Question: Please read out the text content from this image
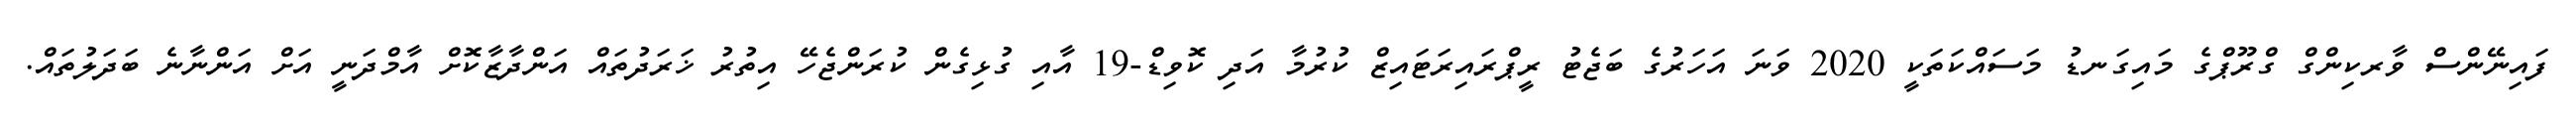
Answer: ފައިނޭންސް ވާރކިންގް ގްރޫޕްގެ މައިގަނޑު މަސައްކަތަކީ 2020 ވަނަ އަހަރުގެ ބަޖެޓު ރީޕްރައިރަޓައިޒް ކުރުމާ އަދި ކޮވިޑް-19 އާއި ގުޅިގެން ކުރަންޖެހޭ އިތުރު ޚަރަދުތައް އަންދާޒާކޮށް އާމްދަނީ އަށް އަންނާނެ ބަދަލުތައް.